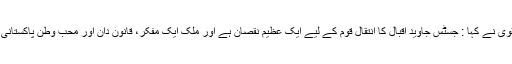
علامہ سید ساجد علی نقوی نے کہا : جسٹس جاوید اقبال کا انتقال قوم کے لیے ایک عظیم نقصان ہے اور ملک ایک مفکر، قانون دان اور محب وطن پاکستانی سے محروم ہوگیا ہے۔